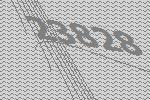
23828